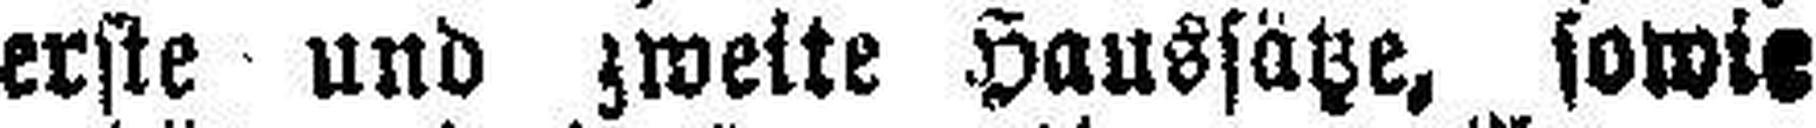
erste und zweite Haussätze, sowie